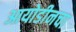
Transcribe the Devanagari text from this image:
आयोडीनचा